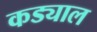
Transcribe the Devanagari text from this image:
कड्याल